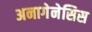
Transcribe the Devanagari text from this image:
अनागेनेसिस